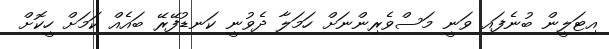
އިޓަލީން ބުނެފައި ވަނީ މަސްވެރިންނަށް ހަމަލާ ދެވުނީ ކަނޑުފޭރޭ ބައެއް ކަމަށް ހީކޮށް